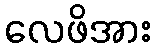
လေဖိအား